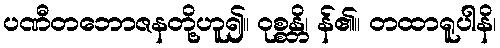
ပဏီတဘောဇနတို့ဟူ၍။ ဝုစ္စန္တိ၊ န်၏။ တထာရူပါနိ၊